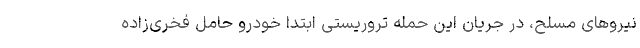
نیروهای مسلح، در جریان این حمله تروریستی ابتدا خودرو حامل فخری‌زاده